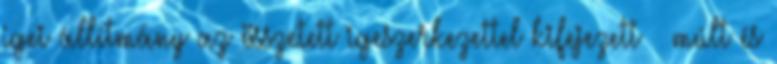
igei állítmány az összetett igeszerkezettel kifejezett – múlt és